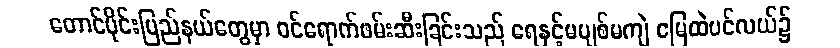
တောင်ပိုင်းပြည်နယ်တွေမှာ ဝင်ရောက်ဖမ်းဆီးခြင်းသည် ရေနှင့်မပျစ်မကျဲ မြေထဲပင်လယ်၌